Jarvakandi_vallavalitsus, lk 65
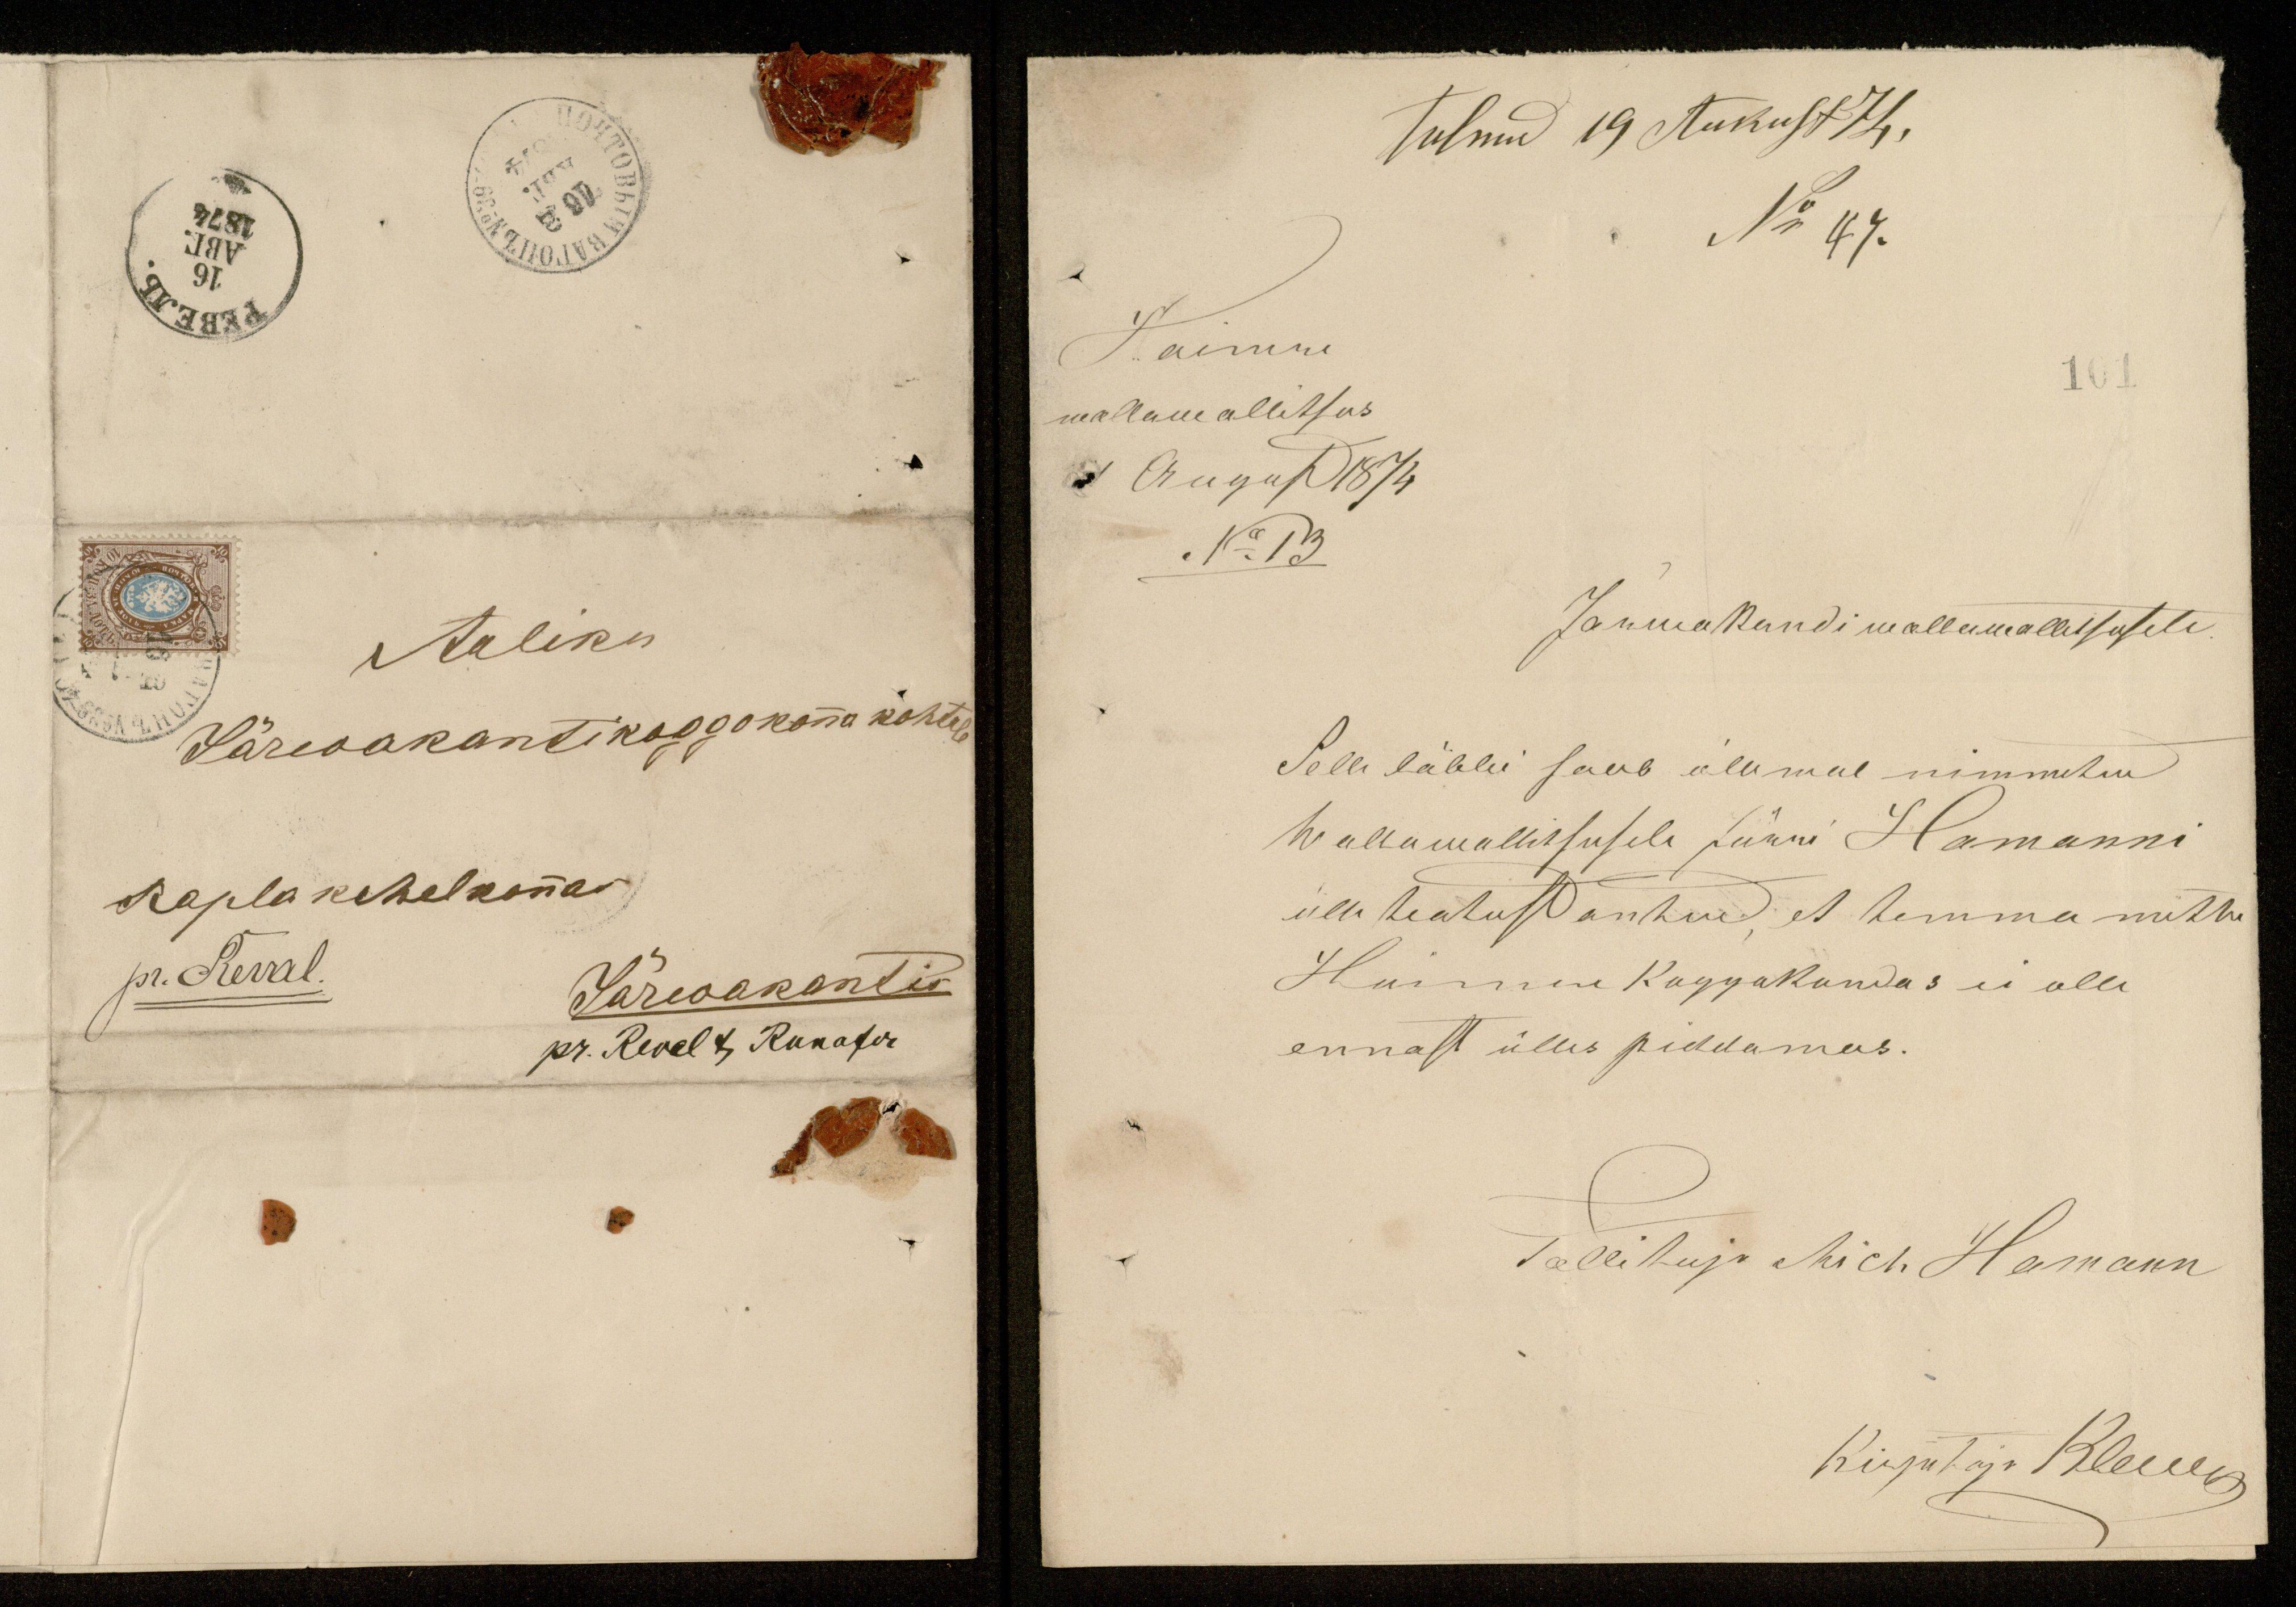
Aaliku
Järwakantikoggokonna kohtule
Rapla kihelkonnas
pr. Reval.
Järwakantis
pr. Reval 4, Runafer

Tulnud 19 Aukust 74.
N: 47.
Haimni
101
wallawallitsus
1 August 1874
No: 13
Järwakandi wallawalitsusele
Selle läbbi saab alamal nimmetud
Wallawallitsusele Jürri Hamanni
üle teatust antud, et temma mitte
Haimune Koggokondas ei olle
ennast ülles piddamas.
Tallitaja Mich Hamann
Kirjutaja Kleem